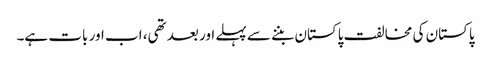
پاکستان کی مخالفت پاکستان بننے سے پہلے اور بعد تھی، اب اور بات ہے۔